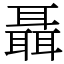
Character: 聶